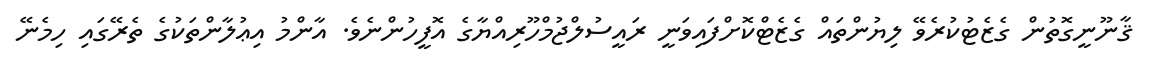
ޤާނޫނީގޮތުން ގެޒެޓުކުރެވޭ ލިޔުންތައް ގެޒެޓްކޮށްފައިވަނީ ރައީސުލްޖުމްހޫރިއްޔާގެ އޮފީހުންނެވެ. އާންމު އިޢުލާންތަކުގެ ތެރޭގައި ހިމެނޭ